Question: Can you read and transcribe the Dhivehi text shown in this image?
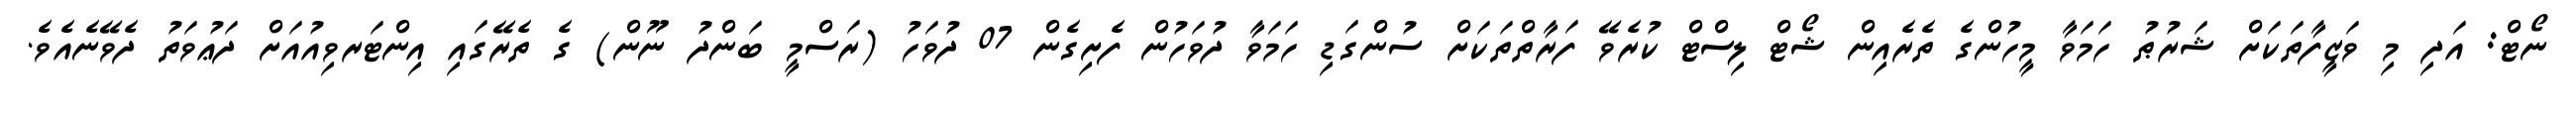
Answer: ނޯޓް: އަދި މި ވަޒީފާތަކަށް ޝަރުޠު ހަމަވާ މީހުންގެ ތެރެއިން ޝޯޓް ލިސްޓް ކުރެވޭ ފަރާތްތަކަށް ސުންގަޑި ހަމަވާ ދުވަހުން ފެށިގެން 07 ދުވަހު (ރަސްމީ ބަންދު ނޫން) ގެ ތެރޭގައި އިންޓަރވިއުއަށް ދަޢުވަތު ދެވޭނެއެވެ.